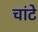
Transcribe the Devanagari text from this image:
चांटे